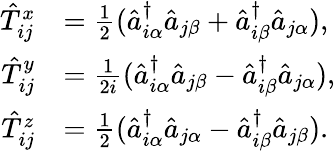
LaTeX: \begin{array}{rl}{\hat{T}_{ij}^{x}}&{=\frac{1}{2}(\hat{a}_{i\alpha}^{\dagger}\hat{a}_{j\beta}+\hat{a}_{i\beta}^{\dagger}\hat{a}_{j\alpha}),}\\ {\hat{T}_{ij}^{y}}&{=\frac{1}{2i}(\hat{a}_{i\alpha}^{\dagger}\hat{a}_{j\beta}-\hat{a}_{i\beta}^{\dagger}\hat{a}_{j\alpha}),}\\ {\hat{T}_{ij}^{z}}&{=\frac{1}{2}(\hat{a}_{i\alpha}^{\dagger}\hat{a}_{j\alpha}-\hat{a}_{i\beta}^{\dagger}\hat{a}_{j\beta}).}\end{array}